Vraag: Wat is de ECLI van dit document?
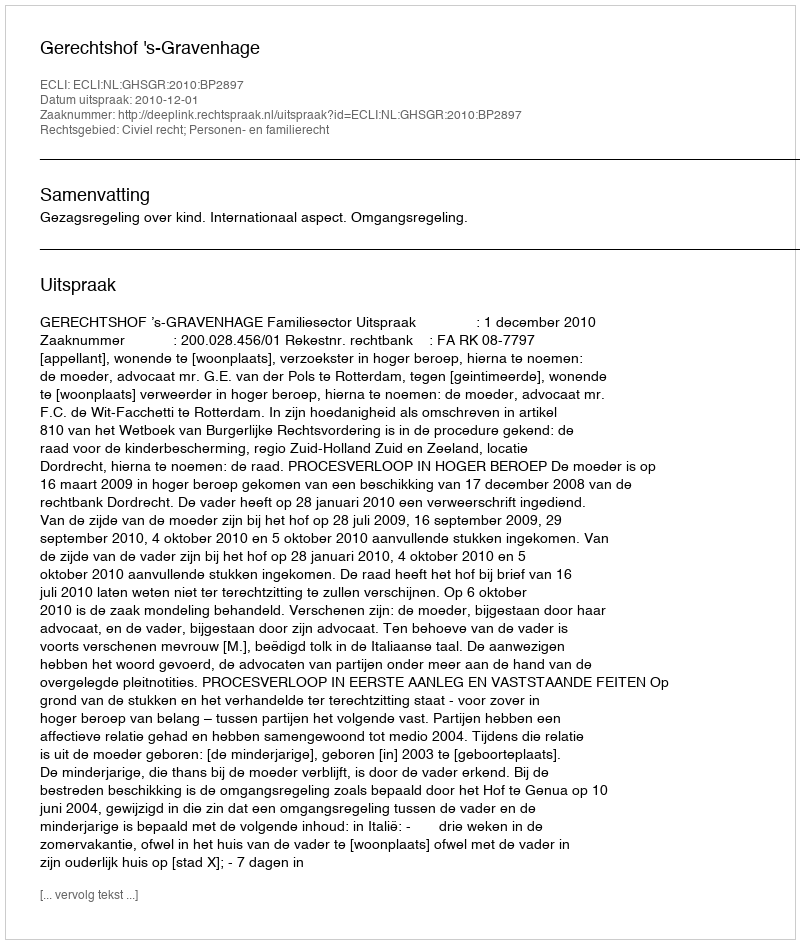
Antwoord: ECLI:NL:GHSGR:2010:BP2897